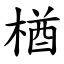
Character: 楢